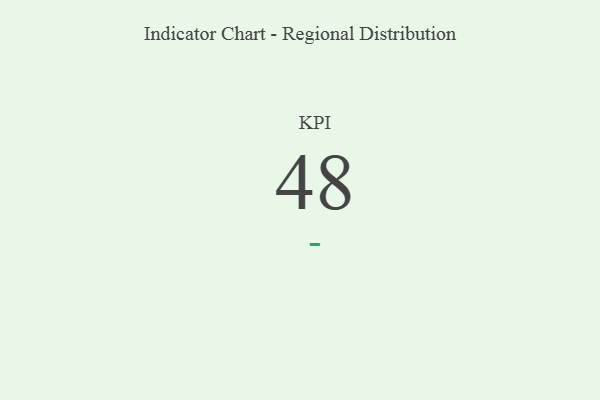
{"axis": {"x": "KPI", "y": "Value"}, "legend": [""], "data": [{"x": "KPI", "y": 48, "type": ""}]}